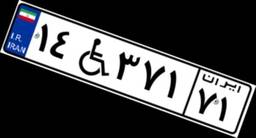
۱۴W۳۷۱۷۱